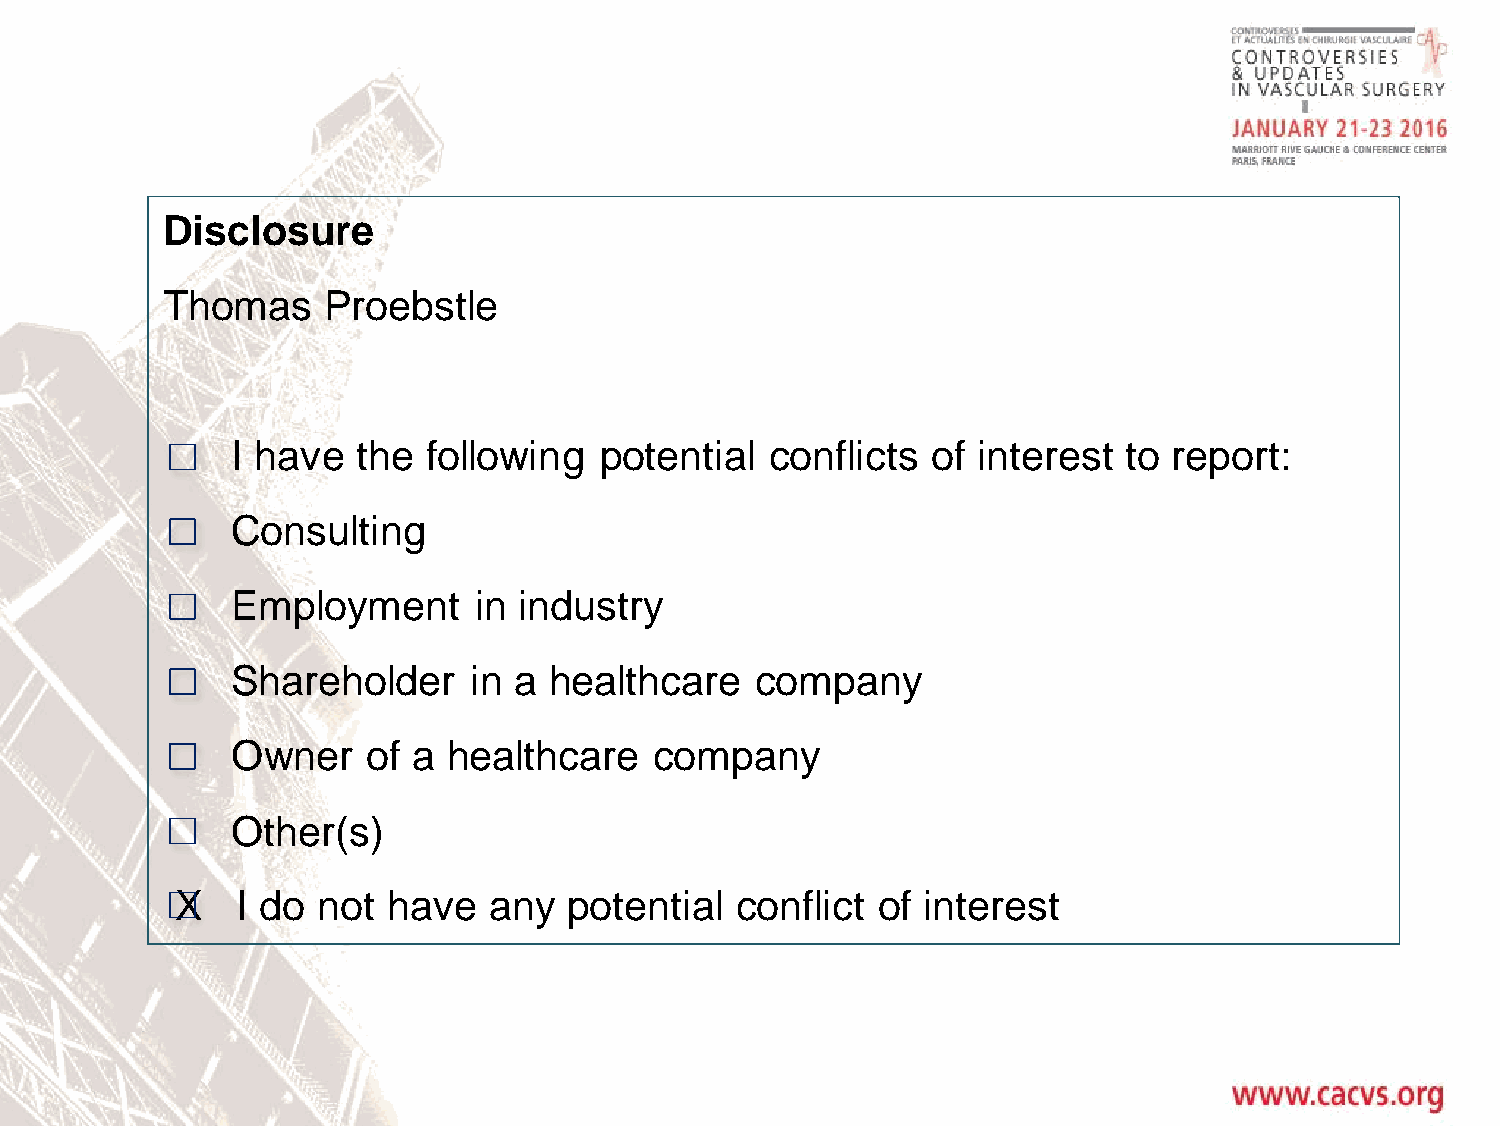
Disclosure
 Thomas    Proebstle
 I have   the following   potential  conflicts  of interest  to report:
 Consulting
 Employment      in industry
 Shareholder     in a healthcare    company
 Owner    of a  healthcare   company
 Other(s)
 X   I do not  have  any   potential  conflict of interest